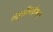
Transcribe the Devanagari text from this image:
फिलीपाईन्सचे